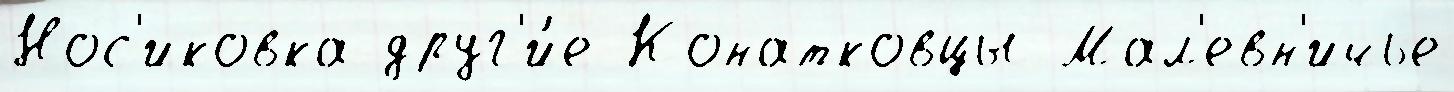
Нос'иковка друг'и́е Конатковцы Мал'евн'ичье